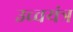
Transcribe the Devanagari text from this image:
उच्चयंत्र